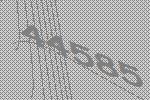
44585